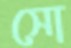
সো